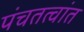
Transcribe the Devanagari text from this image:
पंचतत्वांत